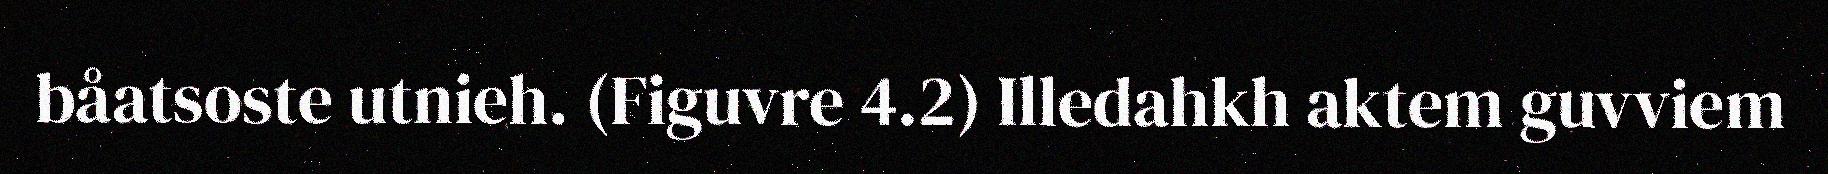
båatsoste utnieh. (Figuvre 4.2) Illedahkh aktem guvviem